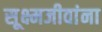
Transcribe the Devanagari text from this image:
सूक्ष्मजीवांना